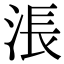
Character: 涱